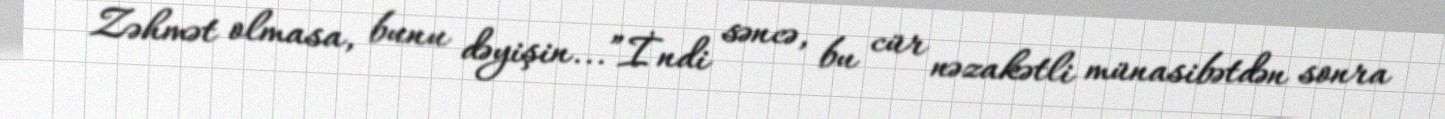
Zəhmət olmasa, bunu dəyişin...”İndi səncə, bu cür nəzakətli münasibətdən sonra